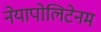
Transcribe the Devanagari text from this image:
नेयापोलिटेनम